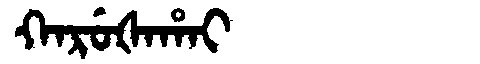
Manchu: ᡴᠠᡵᡠᡧᠠᡥᠠᡳ
Romanization: KARUŠAHAI